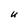
Character: U